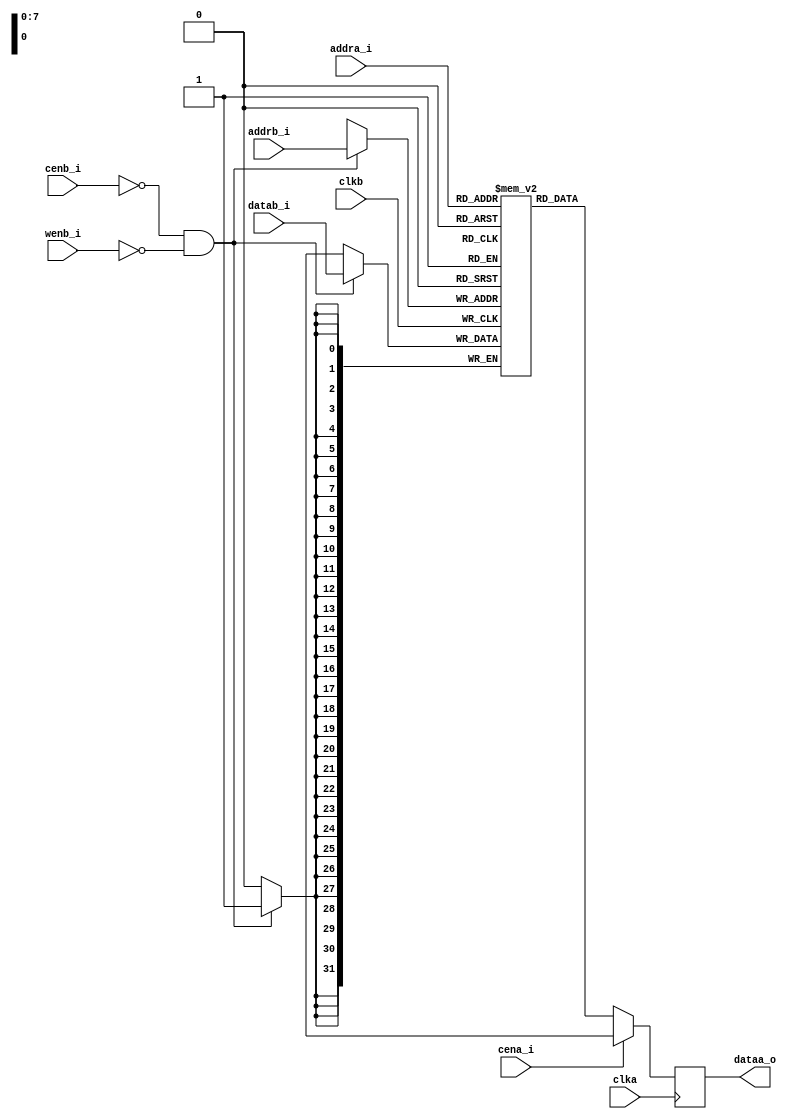
module rf_2p (
				clka    ,  
				cena_i  ,
		        addra_i ,
		        dataa_o ,
				clkb    ,     
				cenb_i  ,   
				wenb_i  ,   
				addrb_i	,  
				datab_i
);
parameter     		Word_Width=32;
parameter	  		Addr_Width=8;
input                     clka;      
input   		          cena_i;    
input   [Addr_Width-1:0]  addra_i;   
output	[Word_Width-1:0]  dataa_o;   
input                     clkb;      
input   		          cenb_i;    
input   		          wenb_i;    
input   [Addr_Width-1:0]  addrb_i;   
input   [Word_Width-1:0]  datab_i;   
reg    [Word_Width-1:0]   mem_array[(1<<Addr_Width)-1:0];
reg	   [Word_Width-1:0]  dataa_r;
always @(posedge clka) begin
	if (!cena_i)
		dataa_r <= mem_array[addra_i];
	else
		dataa_r <= 'bx;
end
assign dataa_o = dataa_r;
always @(posedge clkb) begin                
	if(!cenb_i && !wenb_i) 
		mem_array[addrb_i] <= datab_i;
end
endmodule